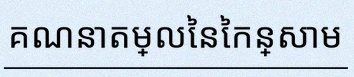
គណនាតម្លៃនៃកន្សោម